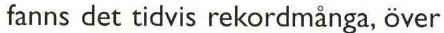
fanns det tidvis rekordmånga, över